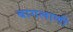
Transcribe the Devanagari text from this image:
बागलाणी